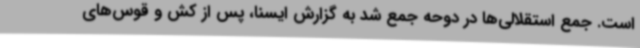
است. جمع استقلالی‌ها در دوحه جمع شد به گزارش ایسنا، پس از کش و قوس‌های